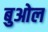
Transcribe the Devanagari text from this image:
बुओल